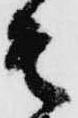
そ